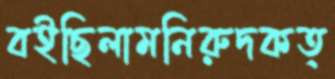
বইছিলামনিরুদকত্